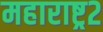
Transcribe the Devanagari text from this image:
महाराष्ट्र२